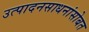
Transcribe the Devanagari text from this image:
उत्पादनसाधनांसोबत